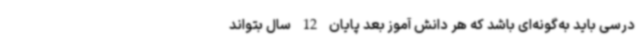
درسی باید به‌گونه‌ای باشد که هر دانش آموز بعد پایان 12 سال بتواند